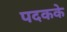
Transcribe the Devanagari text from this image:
पदकके